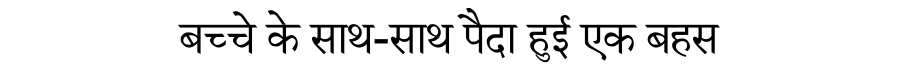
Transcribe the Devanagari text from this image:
बच्चे के साथ-साथ पैदा हुई एक बहस